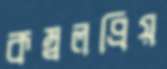
কম্বলপ্রিয়